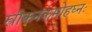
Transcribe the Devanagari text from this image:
स्त्रीकनकमोहघ्नः